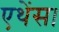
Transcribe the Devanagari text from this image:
एथेंस।